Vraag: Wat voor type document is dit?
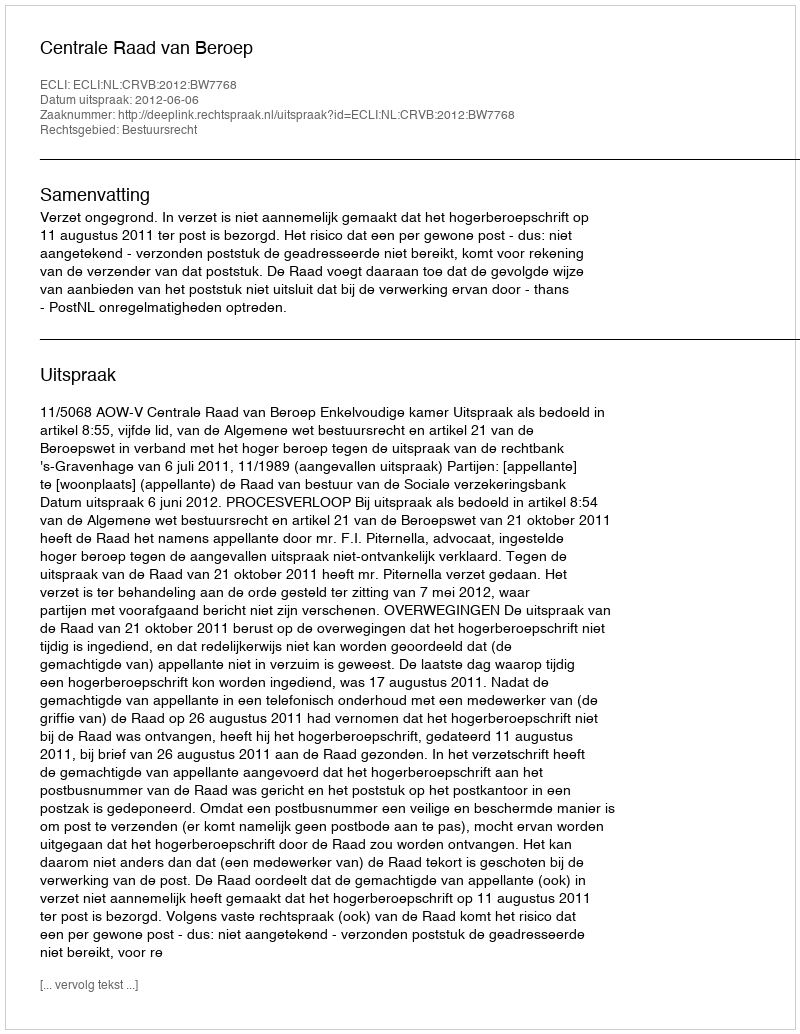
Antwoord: Uitspraak